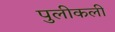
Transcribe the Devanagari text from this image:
पुलीकली